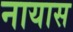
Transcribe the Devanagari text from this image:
नायास